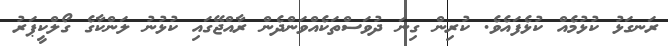
ރަނގަޅު ކުޅުމެއް ކުޅެފައެވެ. ކުރިން ގިނަ ދުވަސްތަކެއްވަންދެން ރާއްޖޭގައި ކުޅުނު ލަންކާގެ ގޯލްކީޕަރު